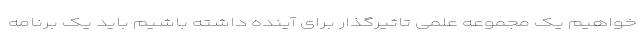
خواهیم یک مجموعه علمی تاثیرگذار برای آینده داشته باشیم باید یک برنامه